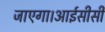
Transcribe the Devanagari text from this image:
जाएगा।आईसीसी